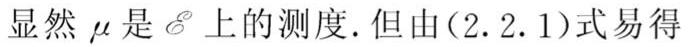
显然 $\mu$ 是 $\mathscr{E}$ 上的测度. 但由(2.2.1)式易得